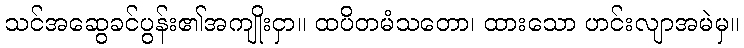
သင်အဆွေခင်ပွန်း၏အကျိုးငှာ။ ထပိတမံသတော၊ ထားသော ဟင်းလျာအမဲမှ။